Civil Veterinary Department Bihar & Orissa reports 1929-36 - 1929-1936
Year: 1929
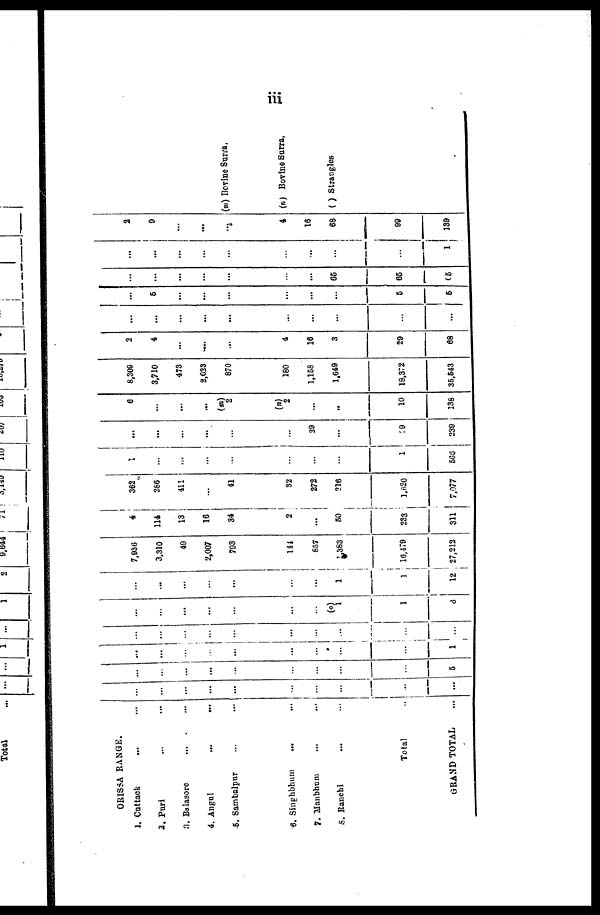
iii
ORISSA RANGE.
1. Cuttack ... ...
2. Puri ... ...
3. Bulasore ... ...
4. Angul
...
...
5. Sambalpnr ... ...
6. Singhbhum ... ...
7. Manbhum
... ...
8. Ranchi ... ...
Total ...
GRAND TOTAL ...
...
...
...
...
...
...
....
...
...
...
...
...
...
...
...
...
...
...
5
...
...
...
...
...
...
...
...
...
1
...
...
...
...
...
...
...
..
...
...
...
...
...
...
...
..
...
1
..
6
..
...
...
...
..
..
...
1
1
12
7,936
3,310
49
2,007
793
144
857
383
16,479
27,212
4
114
13
16
34
2
50
233
311
362
286
411
41
32
272
216
1,620
7,077
1
...
...
...
...
...
...
...
1
566
...
...
...
...
...
...
29
...
29
239
6
...
...
...
(m)
2
(n)
2
...
...
10
138
8,309
3,710
473
2,023
870
180
1,158
1,649
18,372
35,543
2
4
...
...
...
4
16
3
29
68
...
...
...
...
...
...
...
...
...
...
5
...
...
...
...
...
...
5
5
...
...
...
...
...
...
...
65
65
65
...
...
...
...
...
...
...
...
1
2
9
...
...
...
4
16
68
99
139
(m) Bovine Surra.
(n) Bovine Surra.
( ) Strangles